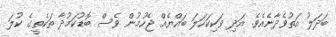
ބަދަލު އަތުވެދާނެއެވެ. އަދި ވަކިކަހަލަ ބައްޔެއް ޖެހުމުން ވެސް ބޮޑުކަމުދާ ތަކެތީގެ ކުލަ